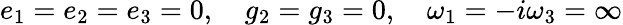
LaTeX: e_{1}=e_{2}=e_{3}=0,\quad g_{2}=g_{3}=0,\quad\omega_{1}=-i\omega_{3}=\infty